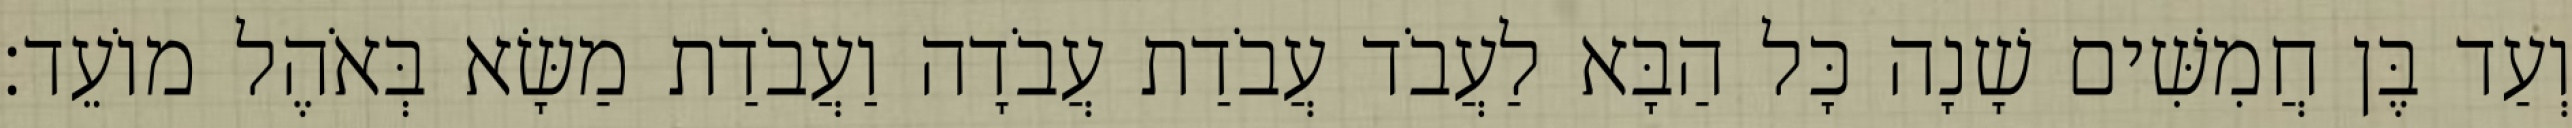
וְעַד בֶּן חֲמִשִּׁים שָׁנָה כָּל הַבָּא לַעֲבֹד עֲבֹדַת עֲבֹדָה וַעֲבֹדַת מַשָּׂא בְּאֹהֶל מוֹעֵד׃